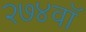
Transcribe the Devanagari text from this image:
२७४वॉ